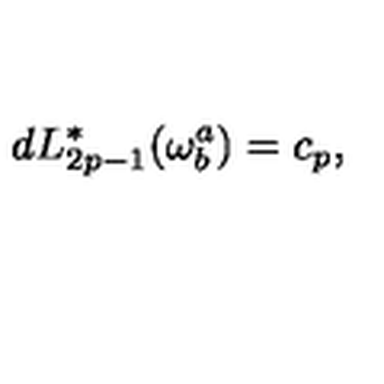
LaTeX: d L _ { 2 p - 1 } ^ { * } ( \omega _ { b } ^ { a } ) = c _ { p } ,